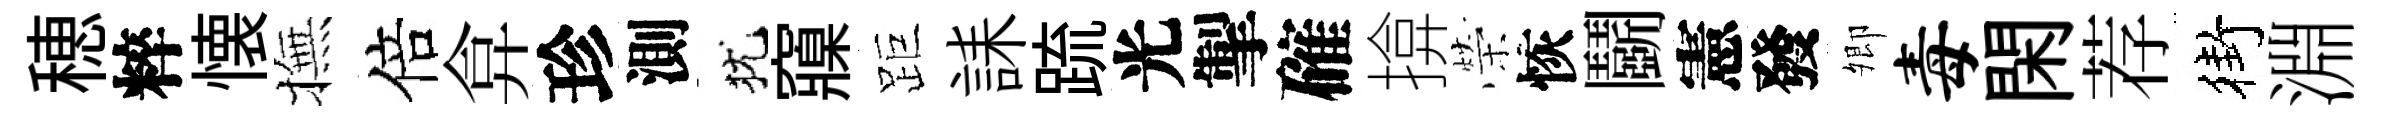
穂粹懐撫倍弇珍測犹䆿距誄䟽光掣確揜榮恢鬬憲發𡖖毒閑荐街淵